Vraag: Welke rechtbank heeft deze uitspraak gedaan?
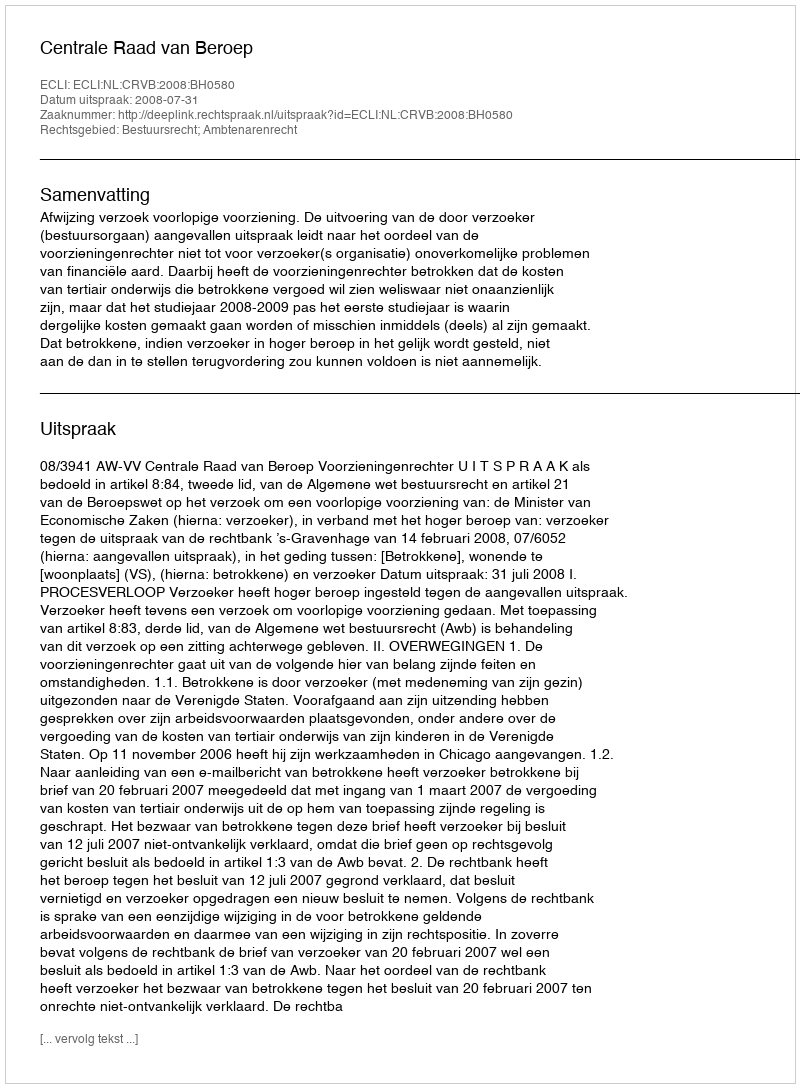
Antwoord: Centrale Raad van Beroep